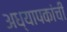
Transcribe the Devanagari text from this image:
अध्यापकांची